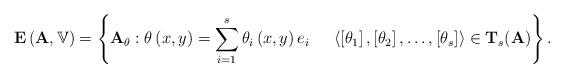
LaTeX: \begin{align*}{\bf E}\left( {\bf A},{\mathbb V}\right) =\left\{ {\bf A}_{\theta }:\theta \left( x,y\right) = \sum_{i=1}^{s}\theta _{i}\left( x,y\right) e_{i} \ \ \ \ \left\langle \left[ \theta _{1}\right] ,\left[ \theta _{2}\right] ,\dots,\left[ \theta _{s}\right] \right\rangle \in {\bf T}_{s}({\bf A}) \right\} .\end{align*}